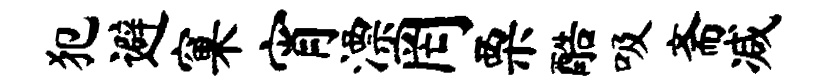
犯避窠宵漂罔栗酷吸斋减